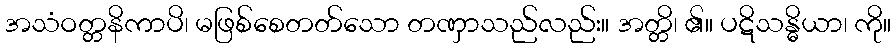
အသံဝတ္တနိကာပိ၊ မဖြစ်စေတတ်သော တဏှာသည်လည်း။ အတ္တိ၊ ၏။ ပဋိသန္ဓိယာ၊ ကို။